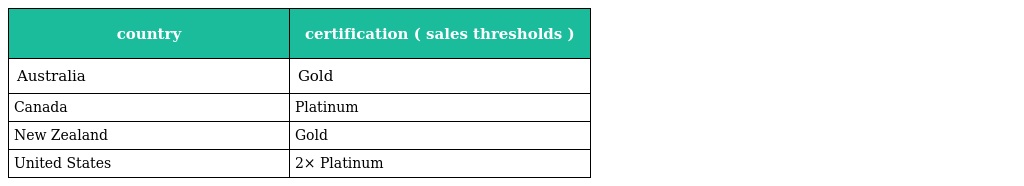
| country | certification ( sales thresholds ) |
 | --- | --- |
 | Australia | Gold |
 | Canada | Platinum |
 | New Zealand | Gold |
 | United States | 2× Platinum |